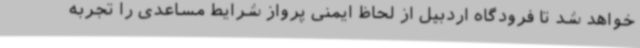
خواهد شد تا فرودگاه اردبیل از لحاظ ایمنی پرواز شرایط مساعدی را تجربه